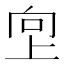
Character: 𫝙